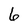
Character: 6